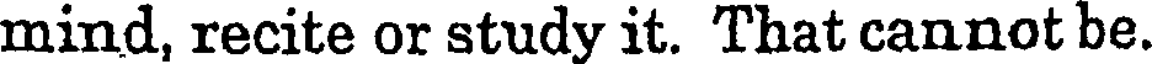
mind, recite or study it. That cannot be.